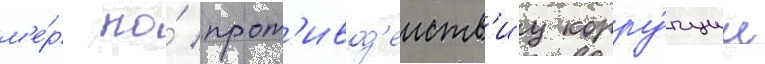
м'е́р по́ прот'ивод'еиств'иу корру́пции